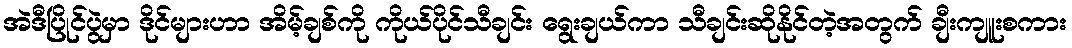
အဲဒီပြိုင်ပွဲမှာ ဒိုင်များဟာ အိမ့်ချစ်ကို ကိုယ်ပိုင်သီချင်း ရွေးချယ်ကာ သီချင်းဆိုနိုင်တဲ့အတွက် ချီးကျူးစကား